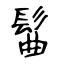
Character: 髷